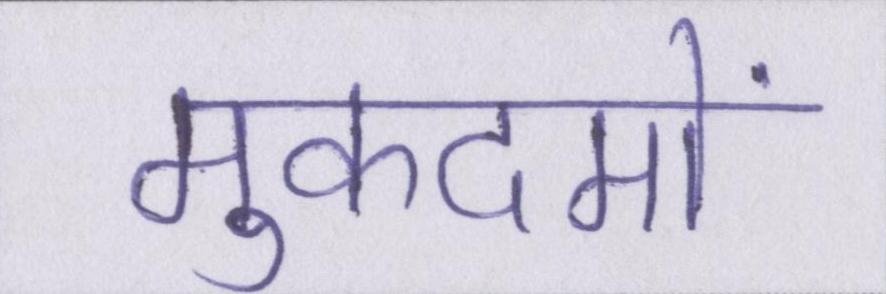
मुकदमों